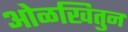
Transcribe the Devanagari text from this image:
ओळखितुन